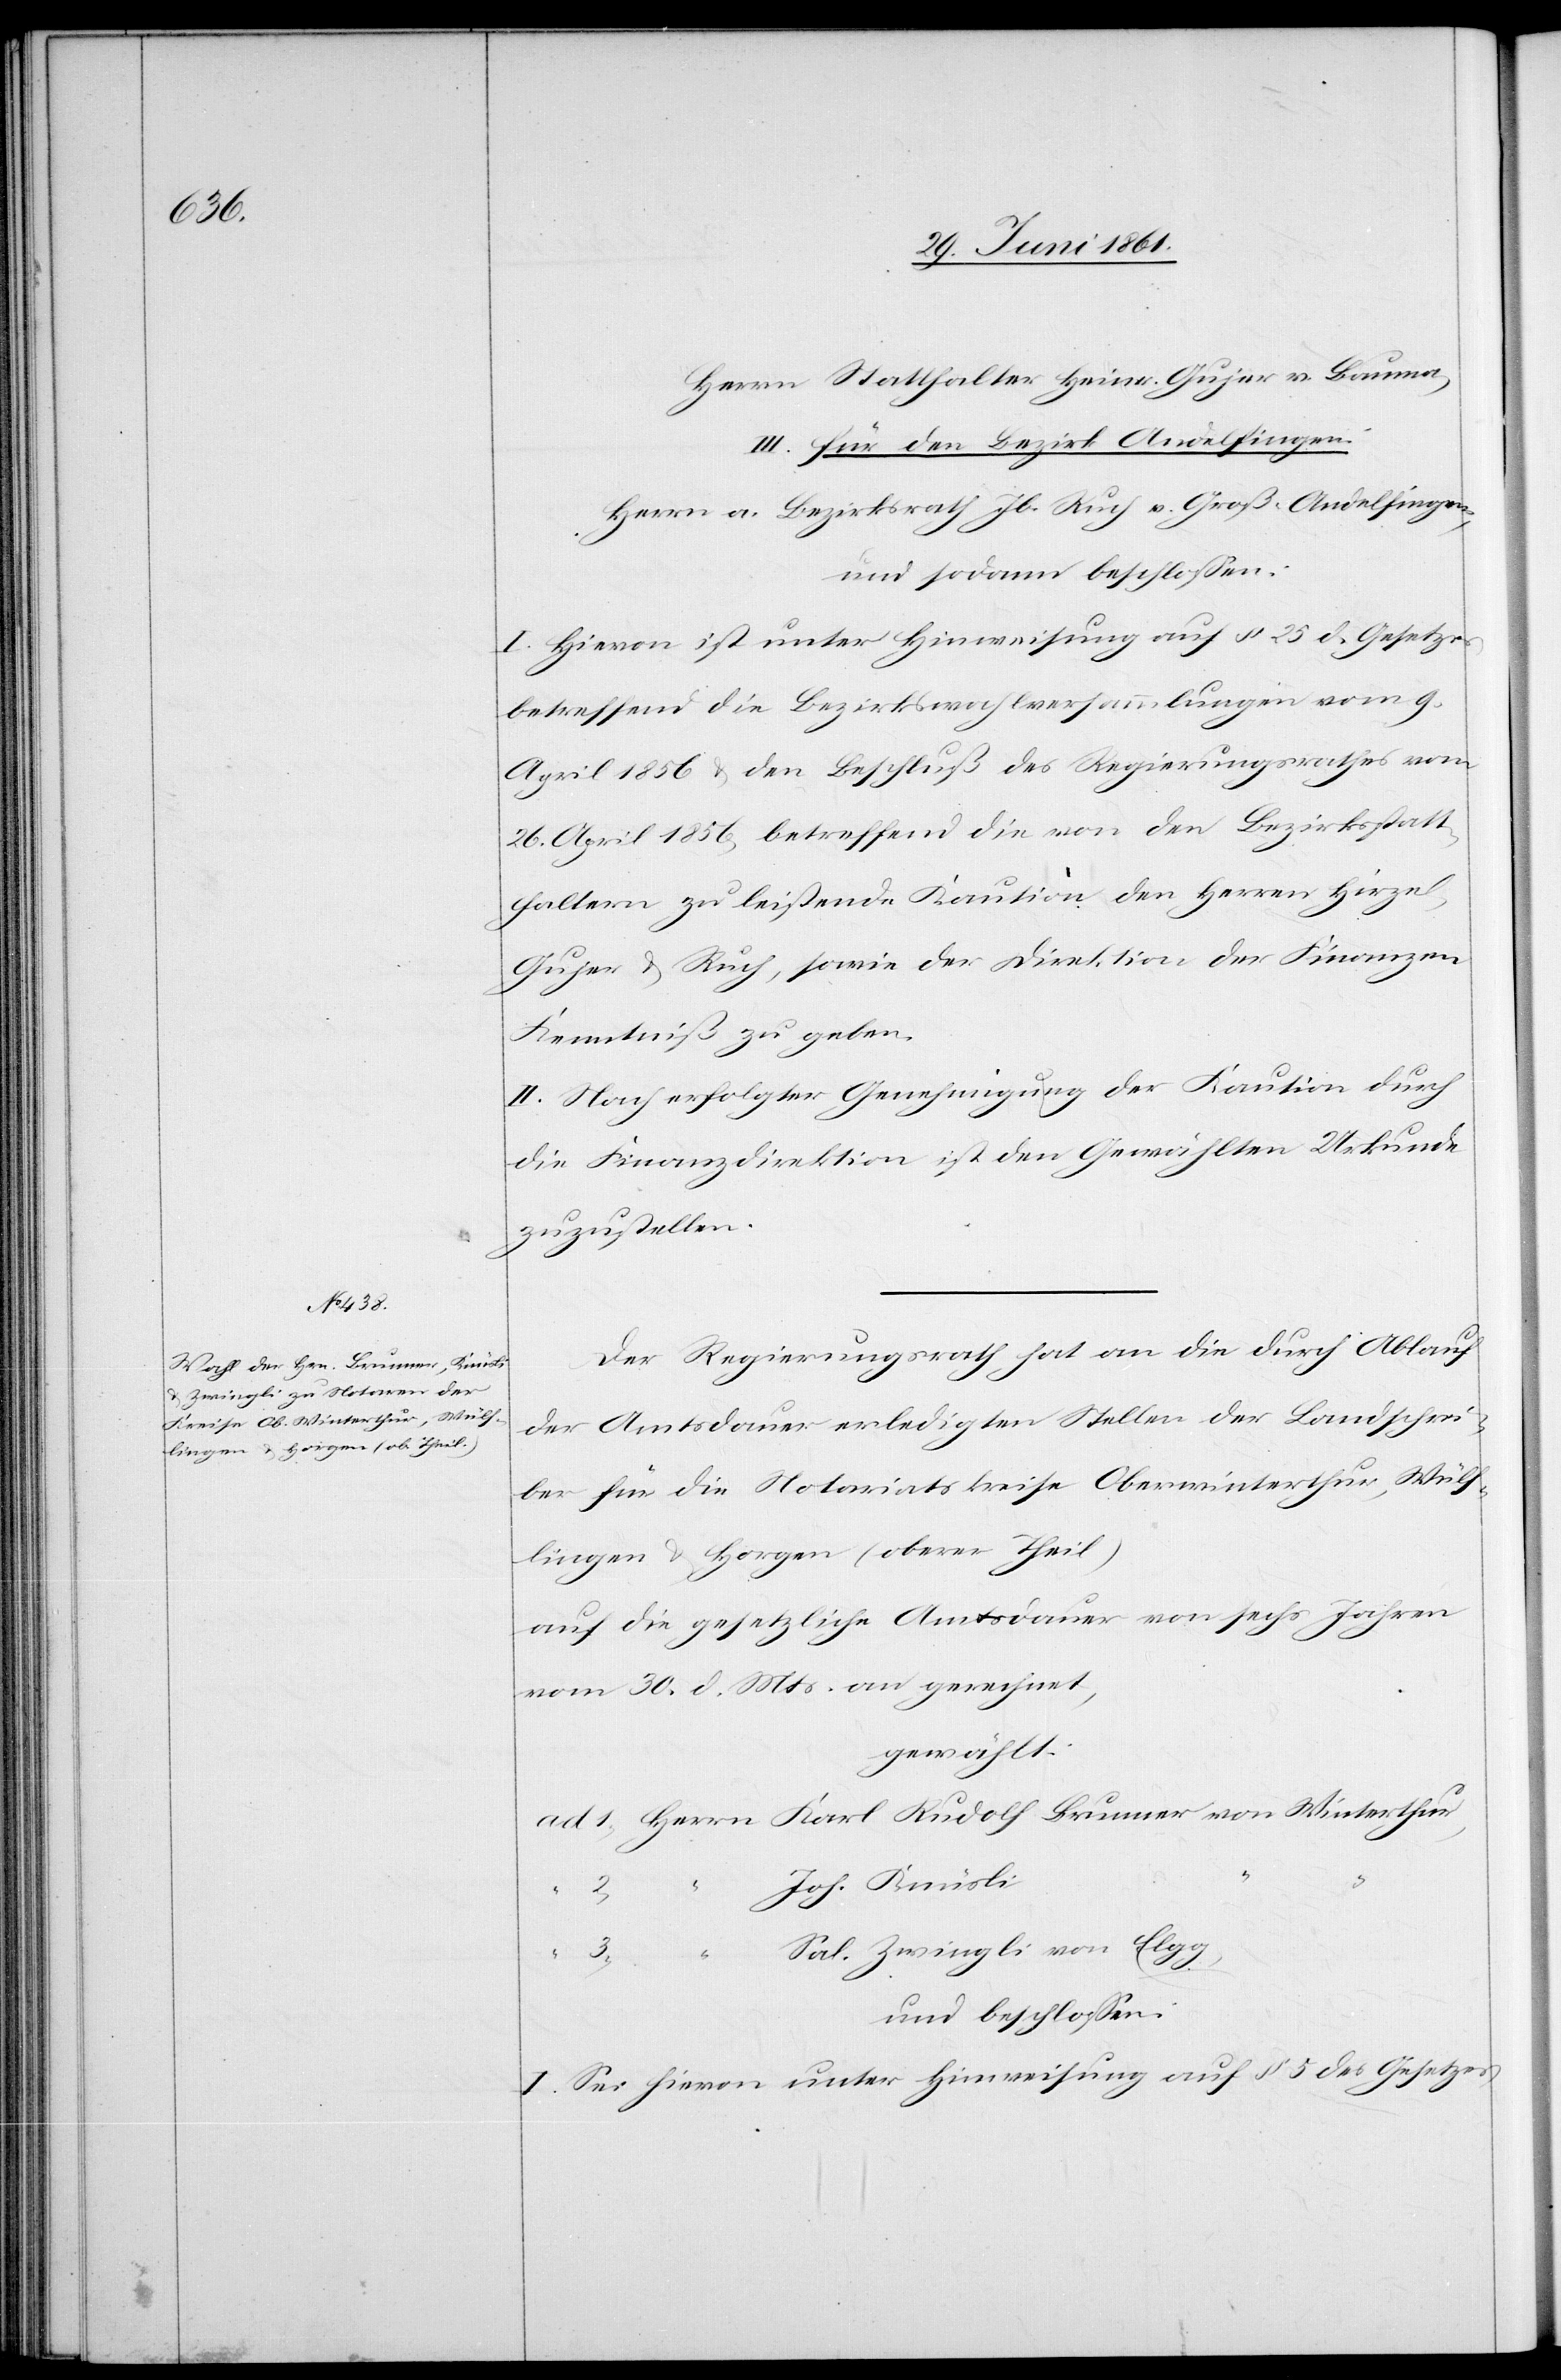
Herrn Statthalter Heinr. Gujer v. Bauma,
III. für den Bezirk Andelfingen:
Herr a. Bezirksrath Jb. Ruch v. Groß-Andelfingen,
und sodann beschlossen:
I. Hievon ist unter Hinweisung auf §. 25 d. Gesetzes
betreffend die Bezirkswahlversammlungen vom 9.
April 1856 u. den Beschluß des Regierungsrathes vom
26. April 1856, betreffend die von den Bezirksstatt¬
haltern zu leistende Kaution den Herren Hirzel,
Gujer u. Ruch, sowie der Direktion der Finanzen
Kenntniß zu geben.
II. Nach erfolgter Genehmigung der Kaution durch
die Finanzdirektion ist den Gewählten Urkunde
zuzustellen.
Der Regierungsrath hat an die durch Ablauf
der Amtsdauer erledigten Stellen der Landschrei¬
ber für die Notariatskreise Oberwinterthur, Wülf¬
lingen u. Horgen (oberer Theil)
auf die gesetzliche Amtsdauer von sechs Jahren
vom 30. d. Mts. an gerechnet,
gewählt:
Joh. Knüsli
3
Sal. Zwingli von Elgg,
und beschlossen:
I. Sei hievon unter Hinweisung auf § 5 des Gesetzes